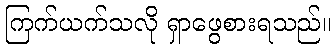
ကြက်ယက်သလို ရှာဖွေစားရသည်။